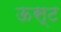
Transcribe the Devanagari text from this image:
ऊस्ट